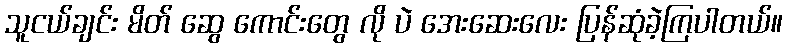
သူငယ်ချင်း မိတ် ဆွေ ကောင်းတွေ လို ပဲ အေးဆေးလေး ပြန်ဆုံခဲ့ကြပါတယ်။